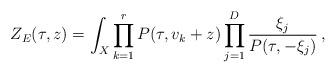
LaTeX: \begin{align*}Z_E(\tau,z)=\int_X \prod^r_{k=1} P(\tau,v_k+z) \prod^D_{j=1}\frac{\xi_j}{P(\tau,-\xi_j)}\,, \end{align*}